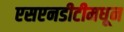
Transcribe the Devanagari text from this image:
एसएनडीटीमधून